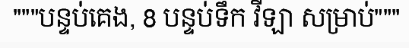
"""បន្ទប់គេង, 8 បន្ទប់ទឹក វីឡា សម្រាប់"""